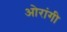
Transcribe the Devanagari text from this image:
ओरांगी